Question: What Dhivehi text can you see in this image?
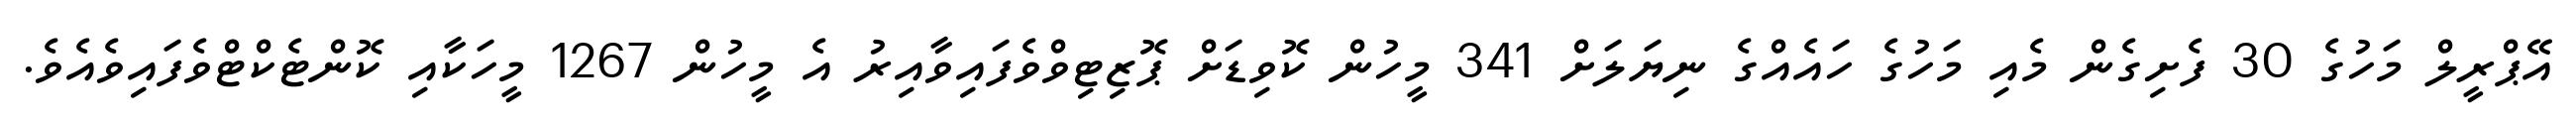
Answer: އޭޕްރީލް މަހުގެ 30 ފެށިގެން މެއި މަހުގެ ހައެއްގެ ނިޔަލަށް 341 މީހުން ކޮވިޑަށް ޕޮޒިޓިވްވެފައިވާއިރު އެ މީހުން 1267 މީހަކާއި ކޮންޓެކްޓްވެފައިވެއެވެ.